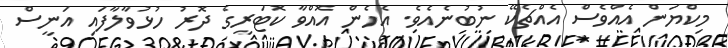
މިކްޔަން އެއްވެސް އެއްޗެކޭ ނުބުނެއެވެ. އެހެން އޮއްވާ ކޮޓަރީގެ ދޮރު ހުޅުވާލާފައި އަނީސް